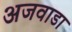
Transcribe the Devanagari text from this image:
अजवाडा